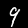
Digit: 9